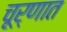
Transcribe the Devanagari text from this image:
चूर्णात